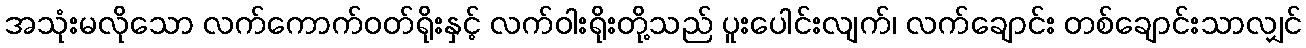
အသုံးမလိုသော လက်ကောက်ဝတ်ရိုးနှင့် လက်ဝါးရိုးတို့သည် ပူးပေါင်းလျက်၊ လက်ချောင်း တစ်ချောင်းသာလျှင်